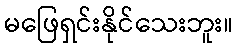
မဖြေရှင်းနိုင်သေးဘူး။